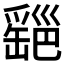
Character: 𦉔